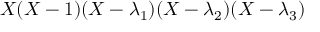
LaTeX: X ( X - 1 ) ( X - \lambda _ { 1 } ) ( X - \lambda _ { 2 } ) ( X - \lambda _ { 3 } )